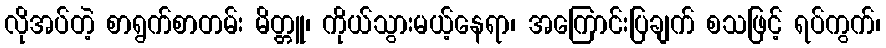
လိုအပ်တဲ့ စာရွက်စာတမ်း မိတ္တူ၊ ကိုယ်သွားမယ့်နေရာ၊ အကြောင်းပြချက် စသဖြင့် ရပ်ကွက်၊